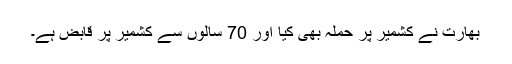
بھارت نے کشمیر پر حملہ بھی کیا اور 70 سالوں سے کشمیر پر قابض ہے۔